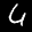
Label: 4